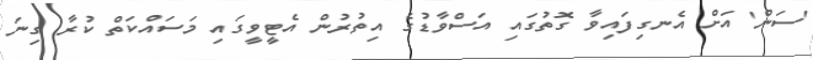
'ސަން' އަށް އެނގިފައިވާ ގޮތުގައި އަސްވާޑުގެ އިތުރުން އެޓީވީގައި މަސައްކަތް ކުރާ ގިނަ